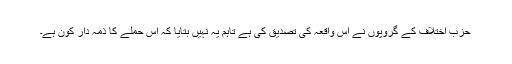
حزبِ اختلاف کے گروپوں نے اس واقعہ کی تصدیق کی ہے تاہم یہ نہیں بتایا کہ اس حملے کا ذمہ دار کون ہے۔